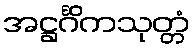
အဋ္ဌင်္ဂိကသုတ္တံ